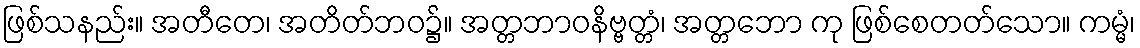
ဖြစ်သနည်း။ အတီတေ၊ အတိတ်ဘဝ၌။ အတ္တဘာဝနိဗ္ဗတ္တံ၊ အတ္တဘော ကု ဖြစ်စေတတ်သော။ ကမ္မံ၊